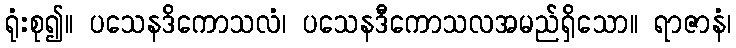
ရုံးစု၍။ ပသေနဒိကောသလံ၊ ပသေနဒီကောသလအမည်ရှိသော။ ရာဇာနံ၊